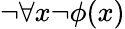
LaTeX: \neg\forall x\neg\phi(x)